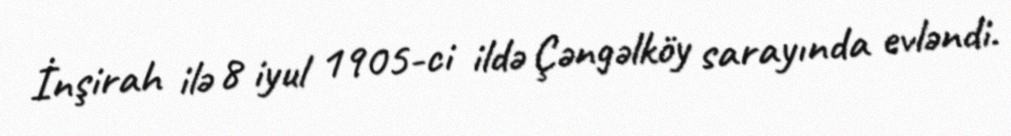
İnşirah ilə 8 iyul 1905-ci ildə Çəngəlköy sarayında evləndi.